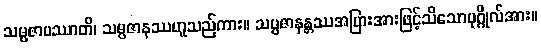
သမ္ပဇာမဿာတိ၊ သမ္ပဇာနဿဟူသည်ကား။ သမ္ပဇာနန္တဿအပြားအားဖြင့်သိသောပုဂ္ဂိုလ်အား။